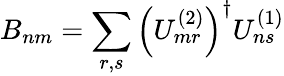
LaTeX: B_{nm}=\sum_{r,s}\left(U_{mr}^{(2)}\right)^{\dagger}U_{ns}^{(1)}